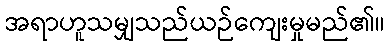
အရာဟူသမျှသည်ယဉ်ကျေးမှုမည်၏။